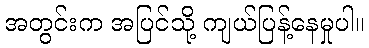
အတွင်းက အပြင်သို့ ကျယ်ပြန့်နေမှုပါ။